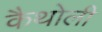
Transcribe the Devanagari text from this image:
कैथोली